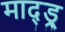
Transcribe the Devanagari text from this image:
माद्ड्र्